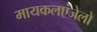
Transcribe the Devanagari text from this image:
मायकलएंजेलो